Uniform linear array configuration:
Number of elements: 48
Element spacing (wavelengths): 1
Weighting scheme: exponential
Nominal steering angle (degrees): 0
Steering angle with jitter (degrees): -1.287
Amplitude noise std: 0.05
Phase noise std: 0.05

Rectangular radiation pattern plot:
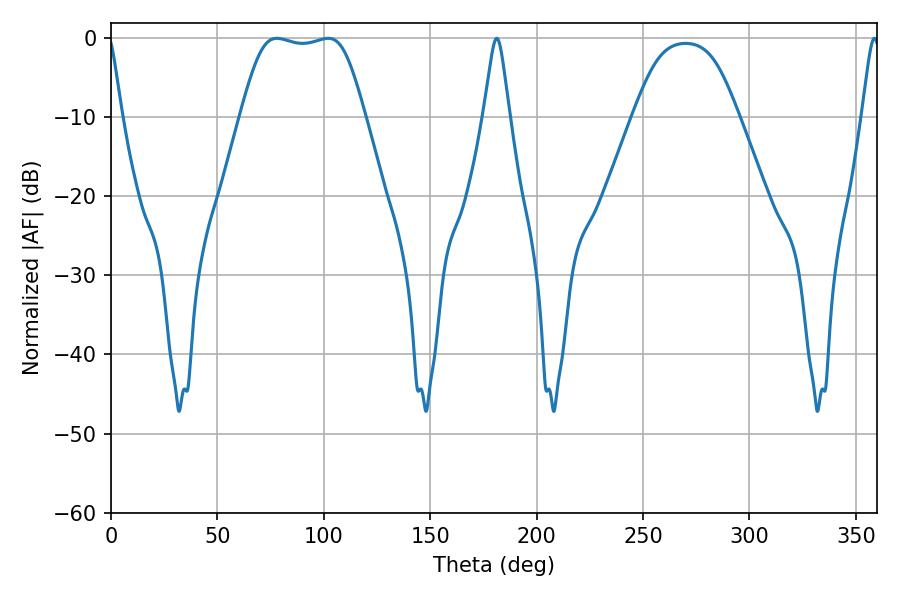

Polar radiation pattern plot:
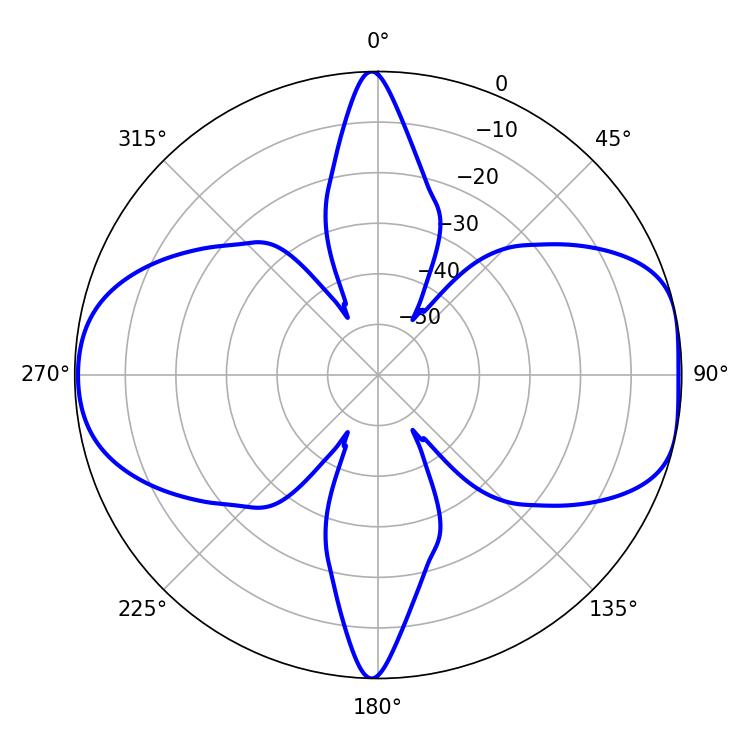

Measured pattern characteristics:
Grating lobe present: TRUE
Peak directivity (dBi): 8.996
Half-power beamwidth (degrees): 43.56
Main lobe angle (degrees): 77.94